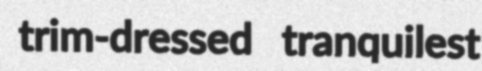
trim-dressed tranquilest